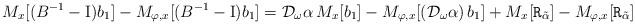
LaTeX: \begin{align*}M_x[(B^{-1}-\mathrm{I}) b_1]-M_{\varphi, x}[(B^{-1}-\mathrm{I}) b_1]=\mathcal{D}_{\omega}\alpha\, M_x[b_1]-M_{\varphi, x}[(\mathcal{D}_{\omega} \alpha)\,b_1]+M_x[\mathtt{R}_{\tilde{\alpha}}]-M_{\varphi, x}[\mathtt{R}_{\tilde{\alpha}}]\end{align*}